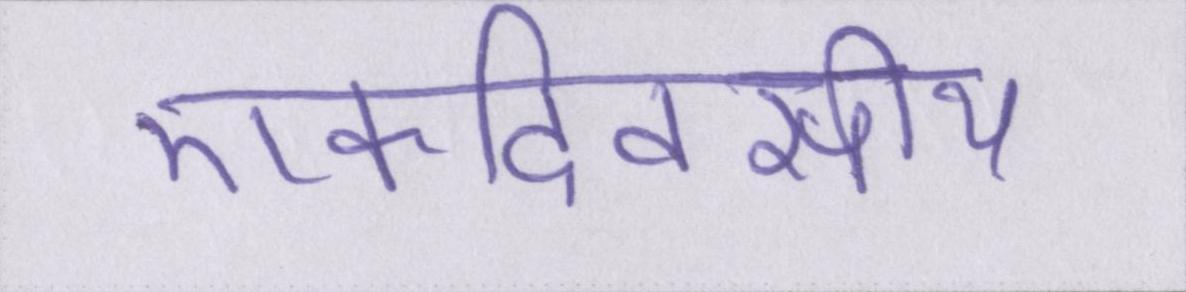
एकदिवसीय